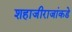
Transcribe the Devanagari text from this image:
शहाजीराजांकडे